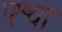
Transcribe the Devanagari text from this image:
पश्चा